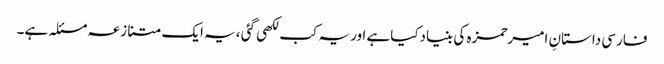
فارسی داستانِ امیرحمزہ کی بنیادکیاہے اوریہ کب لکھی گئی ،یہ ایک متنازعہ مسئلہ ہے۔